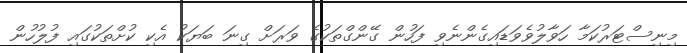
މިނިސްޓަރުކަމާ ހަވާލުވެވަޑައިގެންނެވި ފަހުން ގޭންގްތަކުގެ ވަރަށް ގިނަ ބަޔަކު އެކި ކުށްތަކުގައި ފުލުހުން